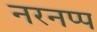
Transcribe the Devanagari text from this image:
नरनप्प